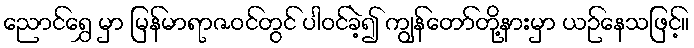
ညောင်ရွှေ မှာ မြန်မာရာဇဝင်တွင် ပါဝင်ခဲ့၍ ကျွန်တော်တို့နားမှာ ယဉ်နေသဖြင့်။